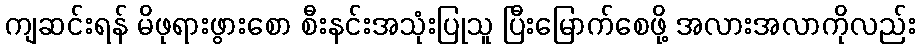
ကျဆင်းရန် မိဖုရားဖွားစော စီးနင်းအသုံးပြုသူ ပြီးမြောက်စေဖို့ အလားအလာကိုလည်း